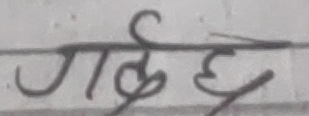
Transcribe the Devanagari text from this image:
गरिछ